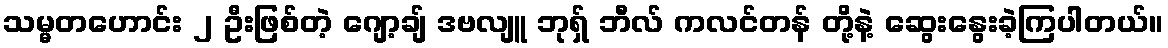
သမ္မတဟောင်း ၂ ဦးဖြစ်တဲ့ ဂျော့ချ် ဒဗလျူ ဘုရှ် ဘီလ် ကလင်တန် တို့နဲ့ ဆွေးနွေးခဲ့ကြပါတယ်။